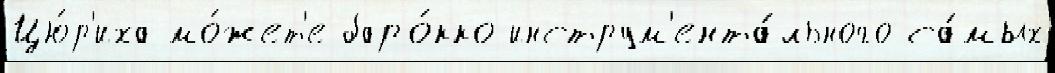
Цю́р'иха мо́жет'е баро́кко-инструм'ента́льного са́мых